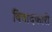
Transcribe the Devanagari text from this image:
विवादकारी